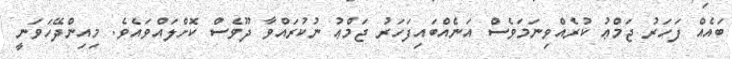
ބައެއް ފަހަރު ޖަމްޢު ކުރެއްވިނަމަވެސް އަނެއްބައިފަހަރު ޖަމްޢު ނުކުރައްވާ ދޫވެސް ކޮށްލައްވައެވެ. މިއިންދޭހަވަނީ